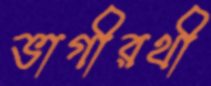
ভাগীরথী